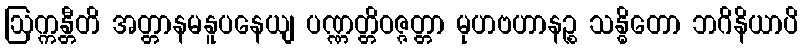
ဩက္ကန္တီတိ အတ္တာနမနူပနေယျ ပဏ္ဏတ္တိဝဇ္ဇတ္တာ မုဟဗဟာနဉ္စ သန္ဓိတော ဘဂိနိယာပိ